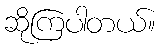
ဆိုကြပါတယ်။